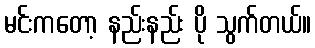
မင်းကတော့ နည်းနည်း ပို သွက်တယ်။